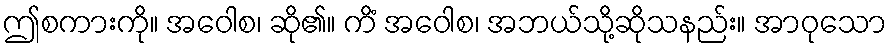
ဤစကားကို။ အဝေါစ၊ ဆို၏။ ကိံ အဝေါစ၊ အဘယ်သို့ဆိုသနည်း။ အာဝုသော